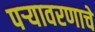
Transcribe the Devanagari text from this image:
पऱ्यावरणाचे